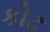
કોઢ